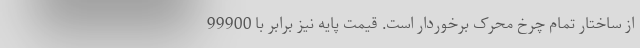
از ساختار تمام چرخ محرک برخوردار است. قیمت پایه نیز برابر با 99900